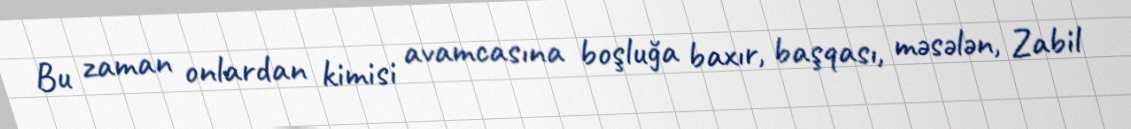
Bu zaman onlardan kimisi avamcasına boşluğa baxır, başqası, məsələn, Zabil